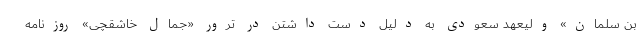
بن سلمان» ولیعهد سعودی به دلیل دست داشتن در ترور «جمال خاشقچی» روزنامه